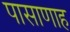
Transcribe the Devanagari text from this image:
पासाणाह